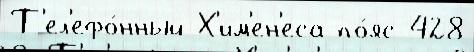
Т'ел'ефо́нный Х'им'ен'еса по́яс 428